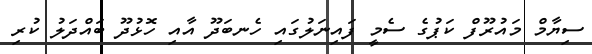
ސިޔާމް މައުރޫފް ކަޕުގެ ސެމީ ފައިނަލުގައި ހެނބަދޫ އާއި ހޮޅުދޫ ބައްދަލު ކުރި